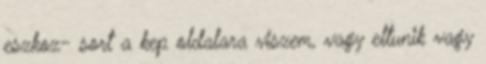
eszkoz- sort a kep oldalara viszem, vagy eltunik vagy